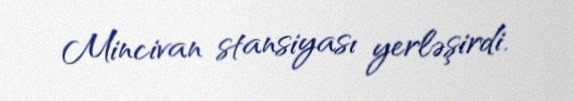
Mincivan stansiyası yerləşirdi.